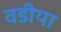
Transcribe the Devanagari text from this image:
वडीया